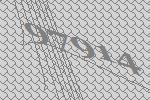
97914